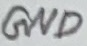
Text: GND